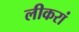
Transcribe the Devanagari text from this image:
लीकरां